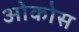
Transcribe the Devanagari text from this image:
ओकोस